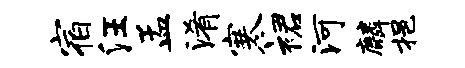
宿汪孟淆寒裙河麟挹